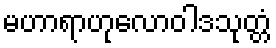
မဟာရာဟုလောဝါဒသုတ္တံ